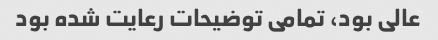
عالی بود، تمامی توضیحات رعایت شده بود